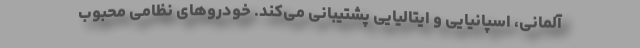
آلمانی، اسپانیایی و ایتالیایی پشتیبانی می‌کند. خودروهای نظامی محبوب